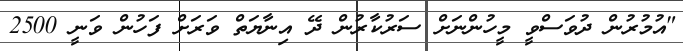
"އުމުރުން ދުވަސްވީ މީހުންނަށް ސަރުކާރުން ދޭ އިނާޔަތް ވަރަށް ފަހުން ވަނީ 2500